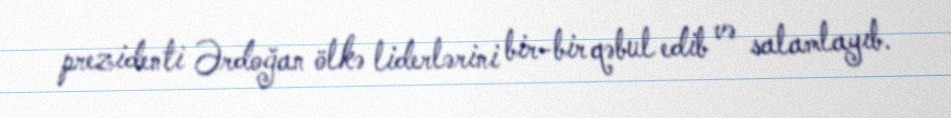
prezidenti Ərdoğan ölkə liderlərini bir-bir qəbul edib və salamlayıb.